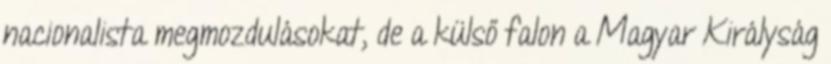
nacionalista megmozdulásokat, de a külső falon a Magyar Királyság